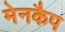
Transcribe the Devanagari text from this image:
मेनकैप